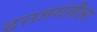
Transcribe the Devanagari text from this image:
दत्तजयंतीला